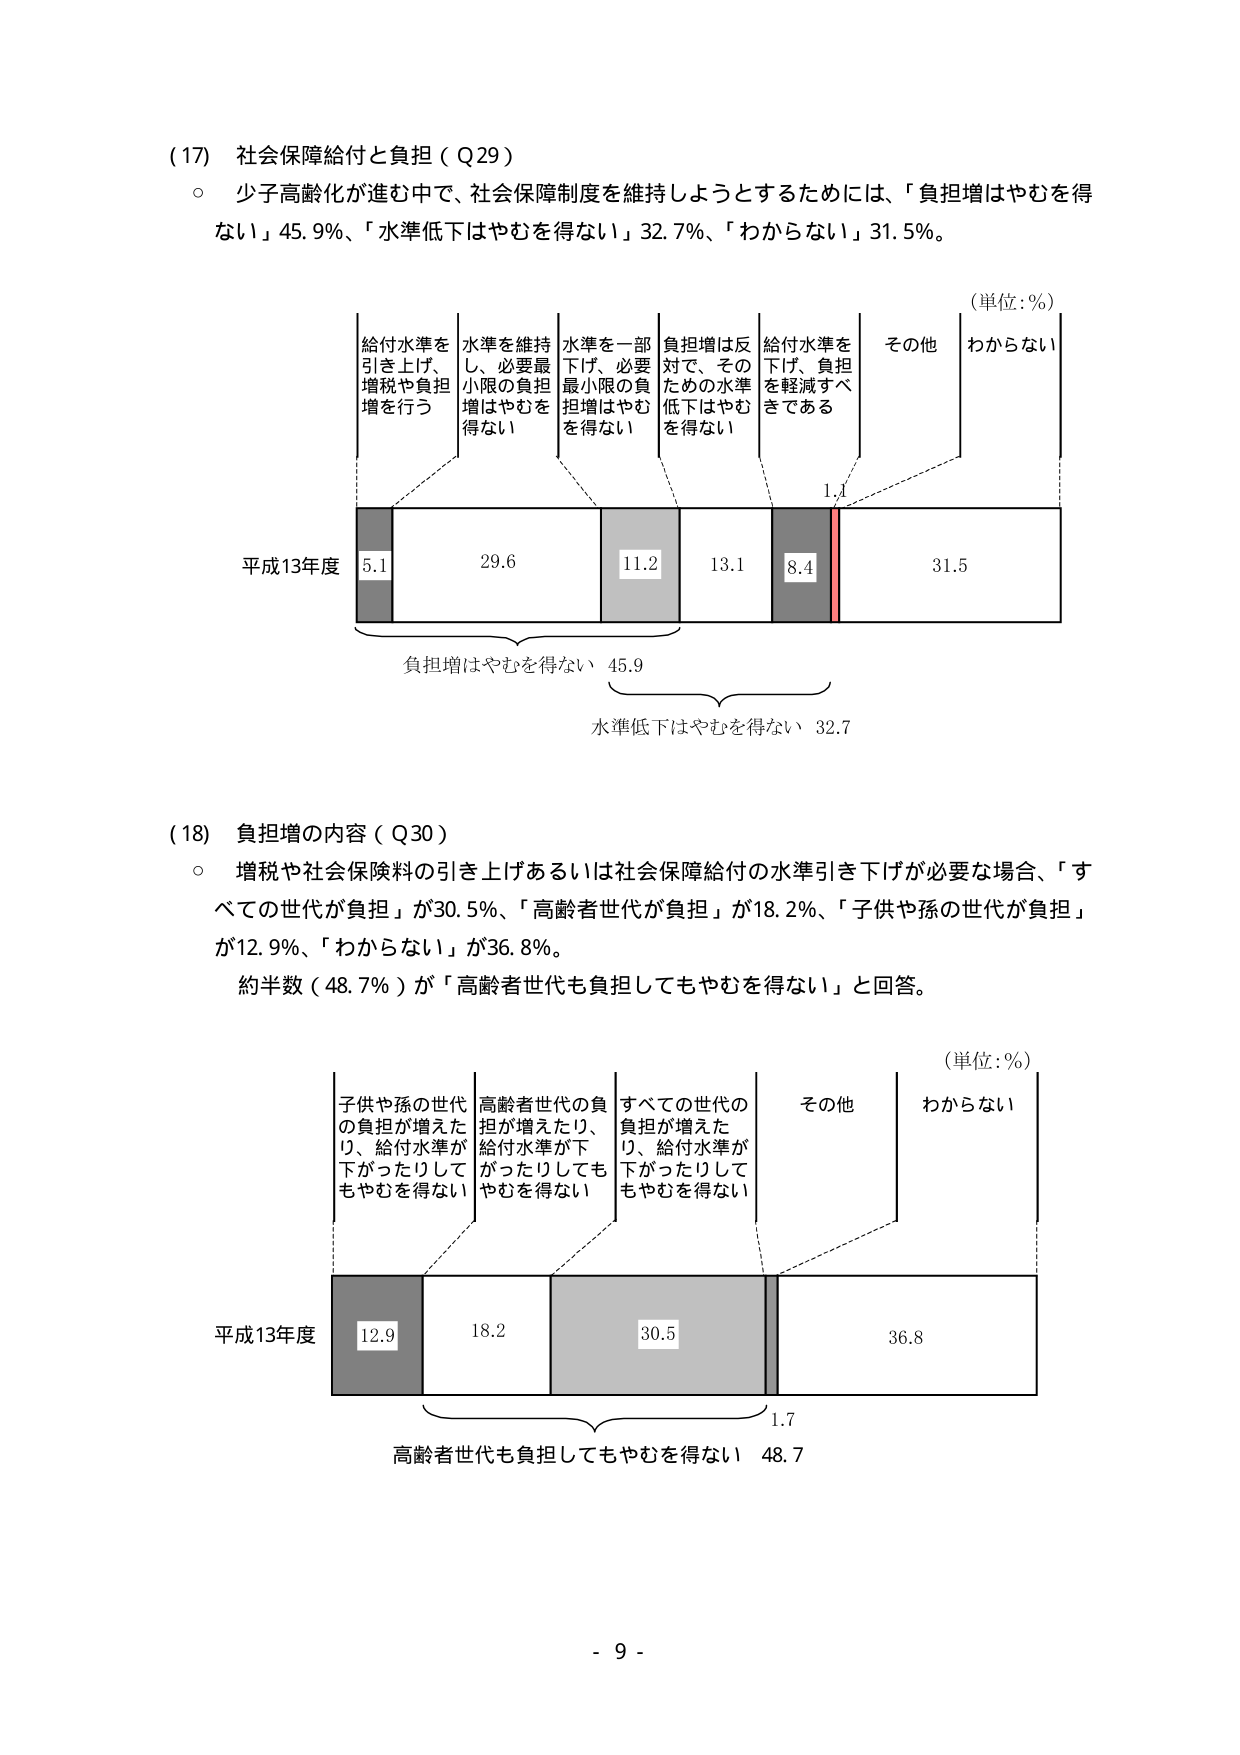
(17) 社会保障給付と負担（Q29）
○ 少子高齢化が進む中で、社会保障制度を維持しようとするためには、「負担増はやむを得ない」45.9％、「水準低下はやむを得ない」32.7％、「わからない」31.5％。

（単位：％）
給付水準を引き上げ、増税や負担増を行う
水準を維持し、必要最小限の負担増はやむを得ない
水準を一部下げ、必要最小限の負担増はやむを得ない
負担増は反対で、そのための水準低下はやむを得ない
給付水準を下げ、負担を軽減すべきである
その他
わからない

平成13年度
5.1
29.6
11.2
13.1
8.4
1.1
31.5

負担増はやむを得ない 45.9
水準低下はやむを得ない 32.7

(18) 負担増の内容（Q30）
○ 増税や社会保険料の引き上げあるいは社会保障給付の水準引き下げが必要な場合、「すべての世代が負担」が30.5％、「高齢者世代が負担」が18.2％、「子供や孫の世代が負担」が12.9％、「わからない」が36.8％。
約半数（48.7％）が「高齢者世代も負担してもやむを得ない」と回答。

（単位：％）
子供や孫の世代の負担が増えたり、給付水準が下がったりしてもやむを得ない
高齢者世代の負担が増えたり、給付水準が下がったりしてもやむを得ない
すべての世代の負担が増えたり、給付水準が下がったりしてもやむを得ない
その他
わからない

平成13年度
12.9
18.2
30.5
1.7
36.8

高齢者世代も負担してもやむを得ない 48.7

- 9 -